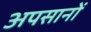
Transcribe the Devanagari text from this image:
अपसानों